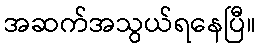
အဆက်အသွယ်ရနေပြီ။